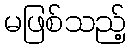
မဖြစ်သည့်